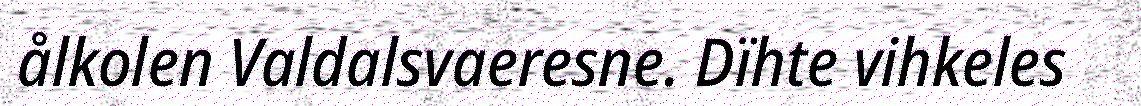
ålkolen Valdalsvaeresne. Dïhte vihkeles